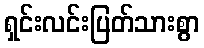
ရှင်းလင်းပြတ်သားစွာ